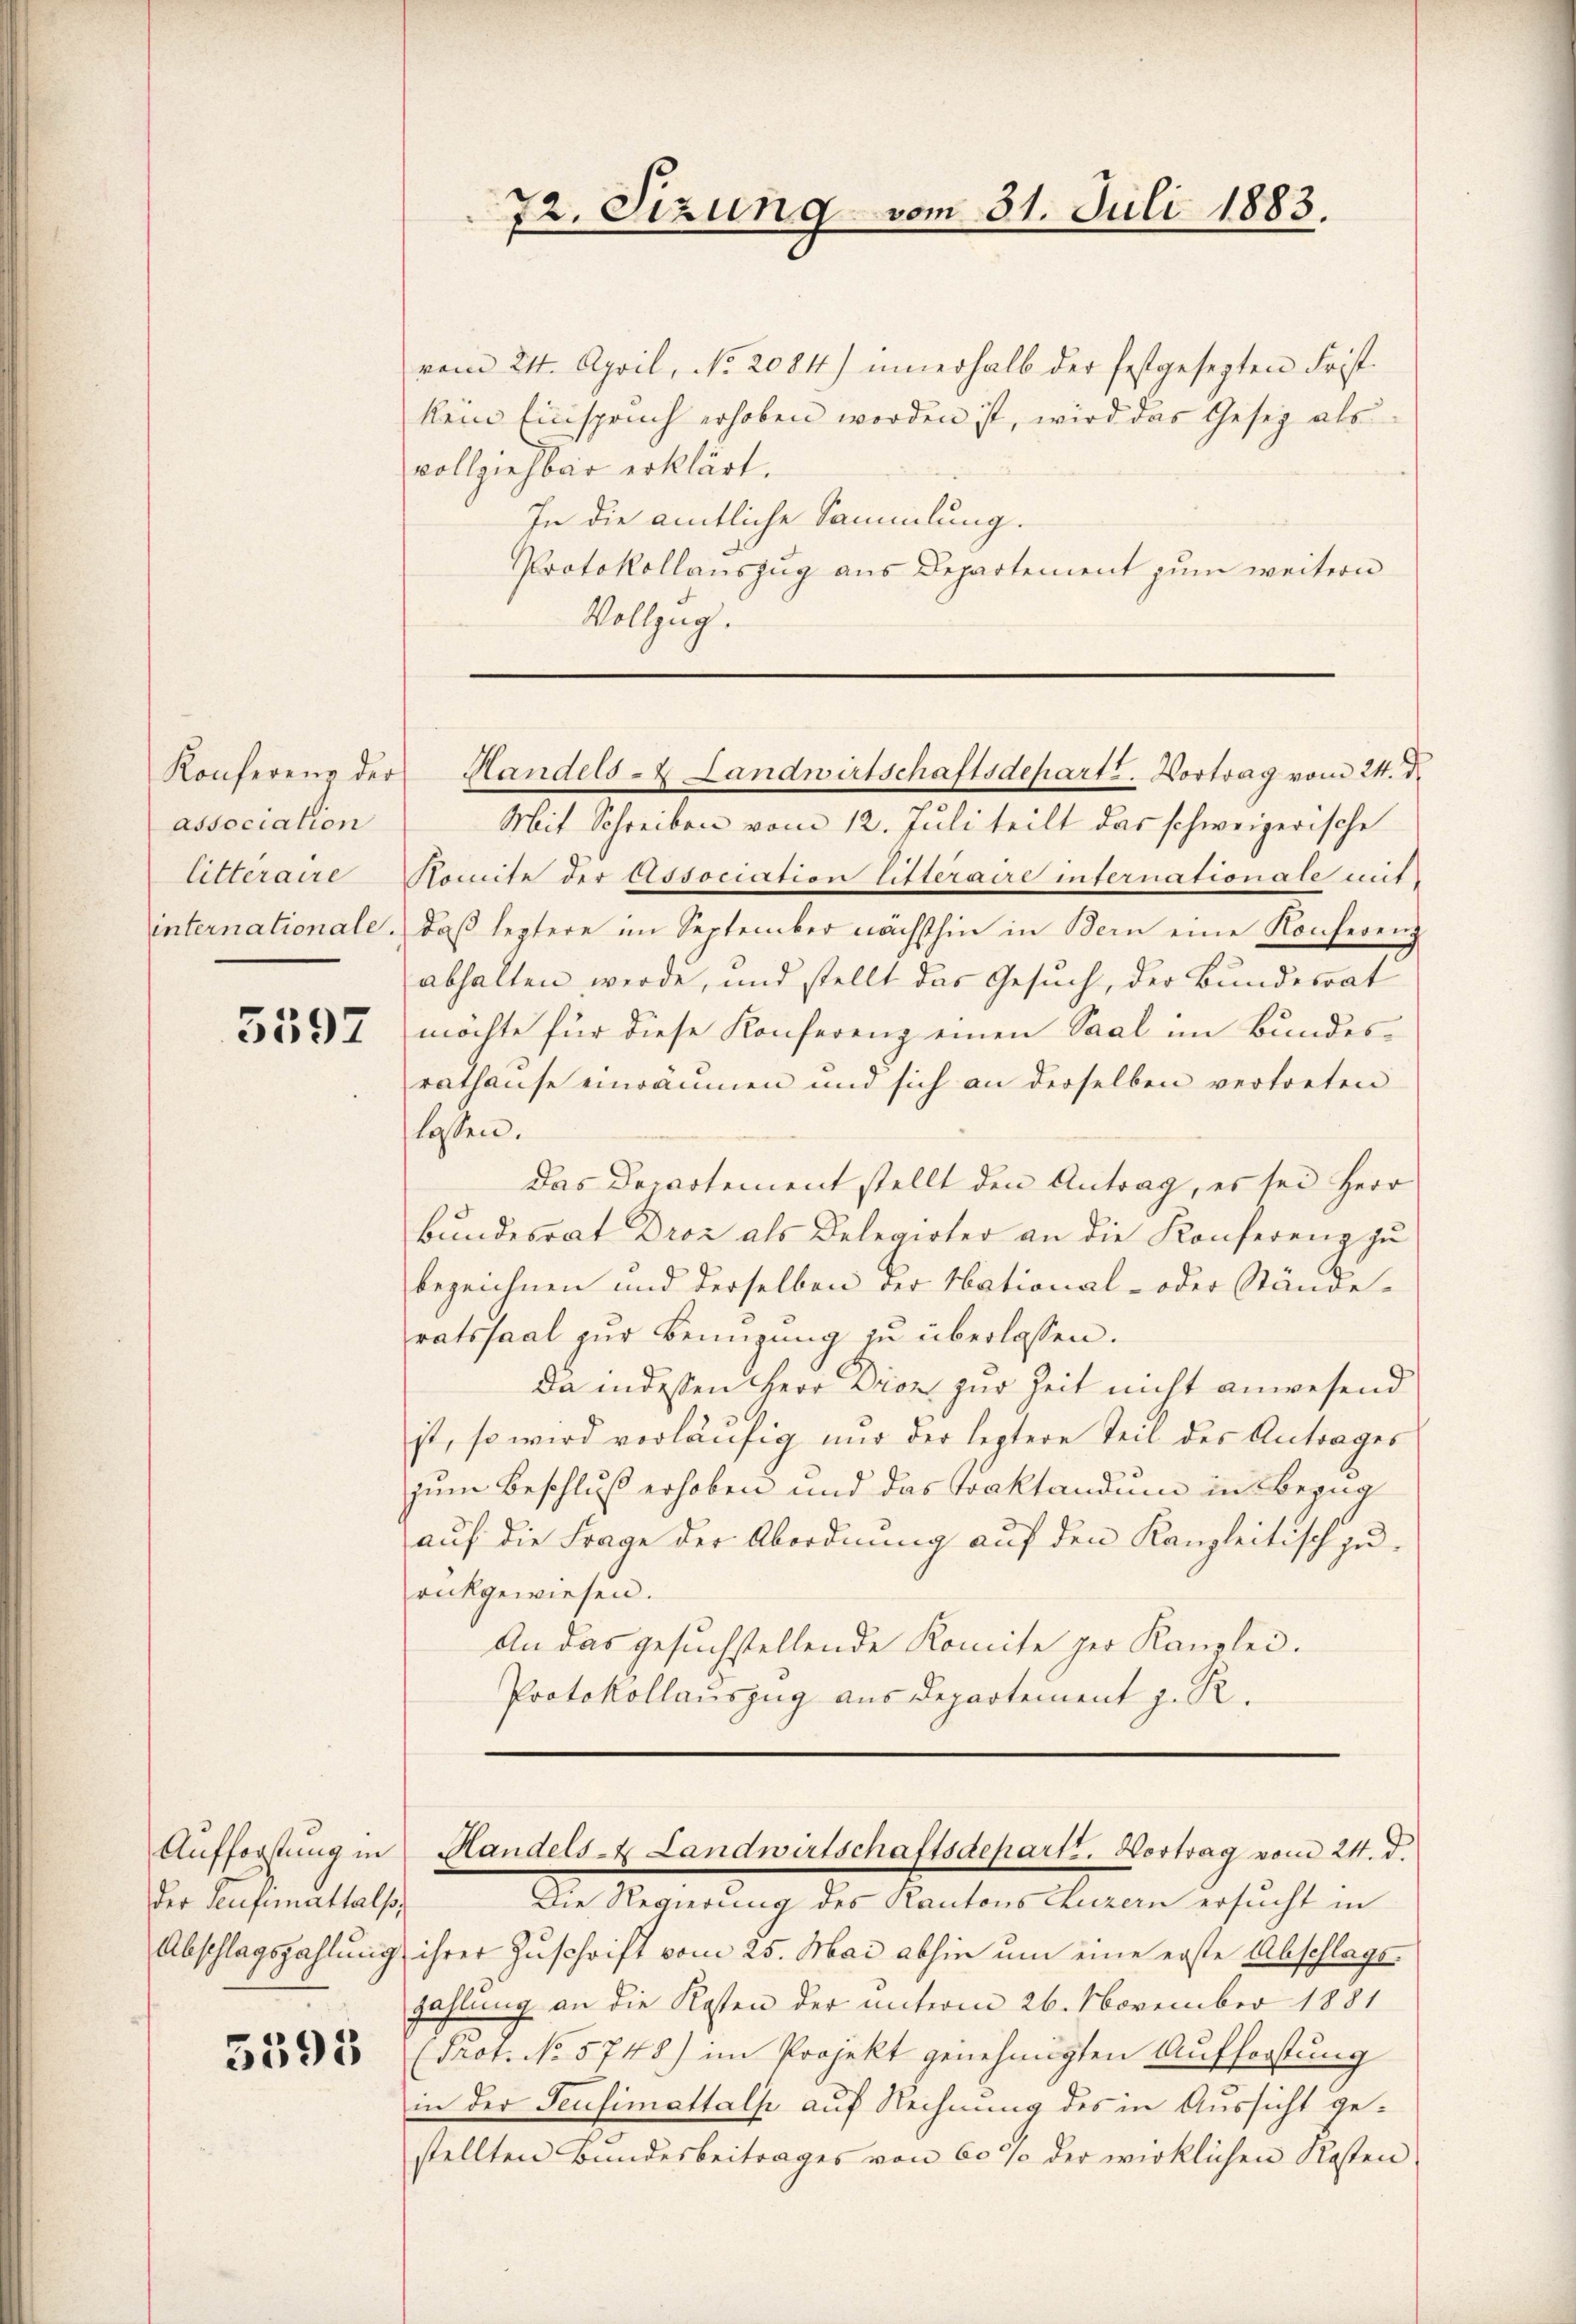
Konferenz der
association
internationale.

5597

Aufforstung in
der Seufimattals,

5595

vom 24. April, No. 2084.) innerhalb der festgesezten Frist-
kein Einspruch erhoben worden ist, wird das Gesez als
vollziehbar erklärt.
In die amtliche Sammlung.
Protokollauszug aus Departement zum weitern
Vollzug.

72. Sizung vom 31. Juli 1883.

Mit Schreiben vom 12. Juli teilt das schweizerische
litteraire Nomite der Association litteraire internationale mit
daβ leztere im September nächsthin in Bern eine Konferenz
abhalten werde, und stellt das Gesuch, der Bundesrat
möchte für diese Konferenz einen Saal im Bundes
rathause einräumen und sich an derselben vertreten
lassen.
Das Departement stellt den Antrag, es sei Herr
bŭndesrat Droz als Delegirter an die Konferenz zŭ
bezeichnen und derselben der National- oder Stände-
ratssaal zur Benüzung zu überlassen.
da in dessen Herr Droz zur Zeit nicht anwesend
ist, so wird verläufig nur der leztere Teil des Antrages
zum Beschluß erhoben und das Traktandum in Bezug
auf die Frage der Abordnung auf den Kanzleitisch zu-
rückgewiesen.
An das gesuchstellende Komite ger Kanzlei.
Protokollauszug aus Departement z. R.

Handels- & Landwirtschaftsdepart. Vortrag vom 24. d.

Die Regierung des Kantons Luzern ersucht in
Abschlagszahlung ihrer Zuschrift vom 25. Mai abhin um eine erste Abschlags-
zahlung an die Kosten der unterm 26. November 1881
Prot. No 5748) im Projekt genehmigten Aufforstung
in der Feusimathalp auf Rechnung des in Aussicht gestellten Bundesbeitrages von 60 % der wirklichen Kosten

Handels- Landwirtschaftsdepartt. Vortrag vom 24. d.